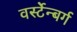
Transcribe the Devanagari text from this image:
वर्स्टेन्बर्ग